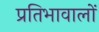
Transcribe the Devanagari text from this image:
प्रतिभावालों